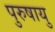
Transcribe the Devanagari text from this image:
पुरुषायु